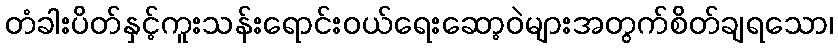
တံခါးပိတ်နှင့်ကူးသန်းရောင်းဝယ်ရေးဆော့ဝဲများအတွက်စိတ်ချရသော၊